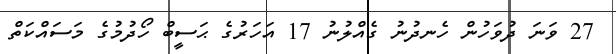
27 ވަނަ ދުވަހުން ހެނދުނު ގެއްލުނު 17 އަހަރުގެ ޙަސީބް ހޯދުމުގެ މަސައްކަތް